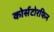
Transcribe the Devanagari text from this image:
कोर्सटोरफिन